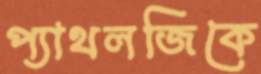
প্যাথলজিকে